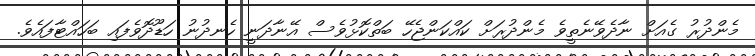
މެންދުރު ގެއަށް ނާދެވޭނެތީވެ މެންދުރަށް ކައްކަންޖެހޭ ބަތްކޮޅުވެސް އޭނާދަނީ ހެނދުނު ހަޑޫދޮވެފައި ބަހައްޓާފައެވެ.